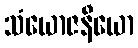
သံယောဇနီယော